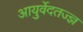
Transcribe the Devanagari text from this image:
आयुर्वेदतज्ज्ञ